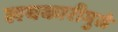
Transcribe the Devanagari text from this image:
लयकारीमुळे